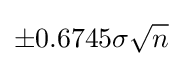
\pm 0.6745\sigma {\sqrt {n}}